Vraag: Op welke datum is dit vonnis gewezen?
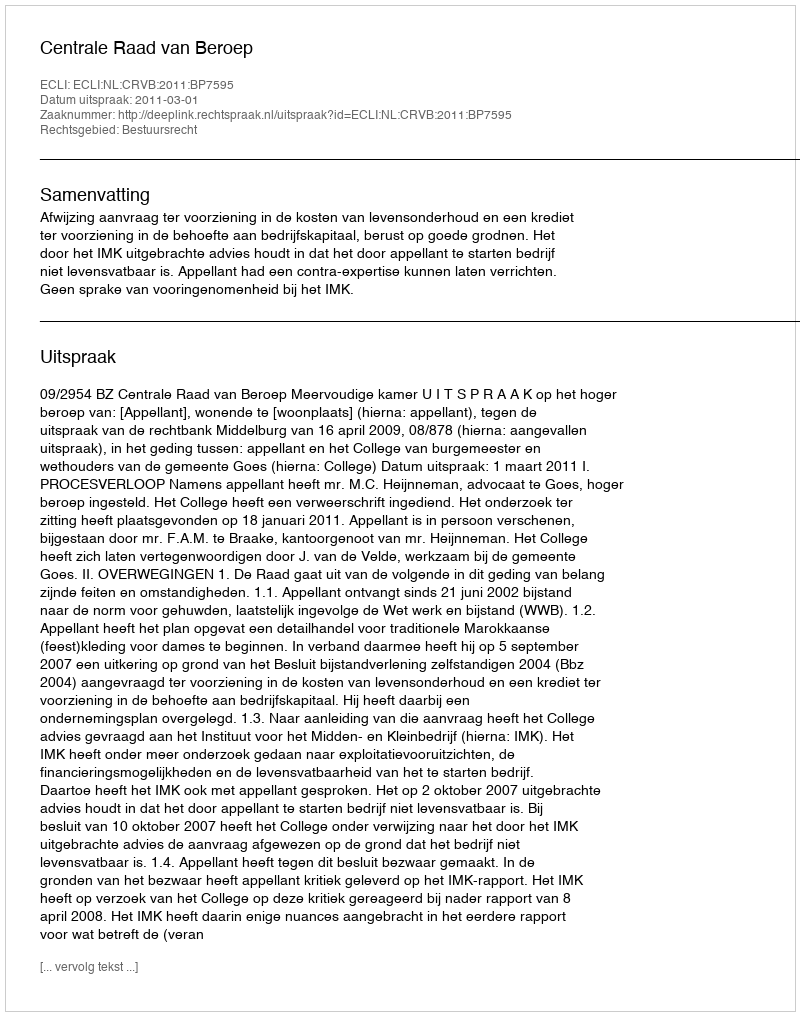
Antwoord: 2011-03-01